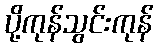
ပို့ကုန်သွင်းကုန်